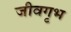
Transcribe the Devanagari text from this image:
जीवगृभ